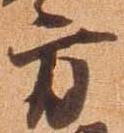
方